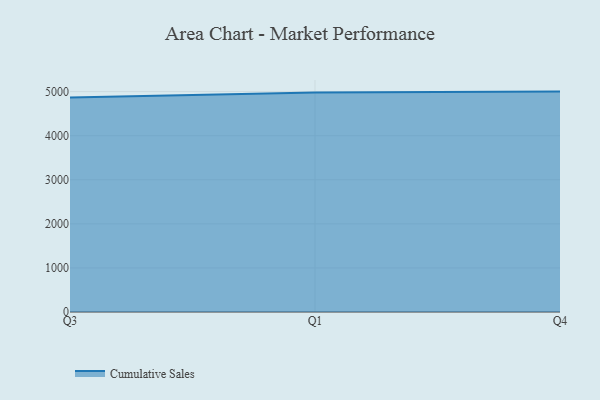
{"axis": {"x": "Quarter", "y": "Tickets Resolved"}, "legend": ["Cumulative Sales"], "data": [{"x": "Q3", "y": 4868.2, "type": "Cumulative Sales"}, {"x": "Q1", "y": 4979.7, "type": "Cumulative Sales"}, {"x": "Q4", "y": 5000, "type": "Cumulative Sales"}]}